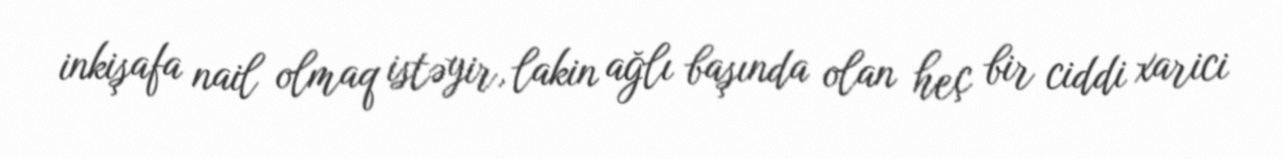
inkişafa nail olmaq istəyir, lakin ağlı başında olan heç bir ciddi xarici